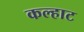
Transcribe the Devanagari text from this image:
कल्हाट